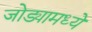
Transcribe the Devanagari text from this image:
जोड्यामध्ये